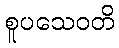
စူပသေဝတိ